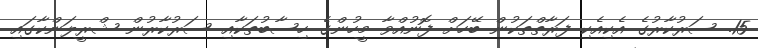
15. ސަރުކާރުގެ އެކިއެކި ފަރާތްތަކުން ބޭހަށް ފޮނުއްވާ މީހުންގެ ހިސާބުތަކާއި ސަރުކާރުން ޝްރީލަންކާގައި